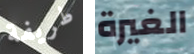
طريفة الغيرة